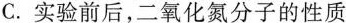
C.实验前后，二氧化氮分子的性质